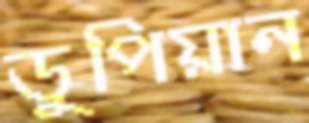
ডুপিয়ান